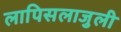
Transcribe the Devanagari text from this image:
लापिसलाजुली